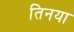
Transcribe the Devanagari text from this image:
तिनया